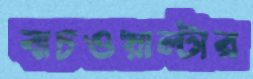
বাচওয়াল্টার